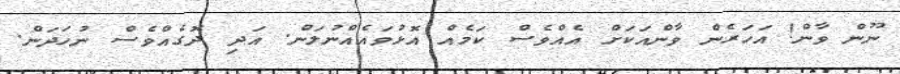
ނޫން ވާން! އަހަރެން ވާންއަކަށް އެއްވެސް ކަމެއް އޮޅުވައެއްނުލަން. އަދި ދޮގެއްވެސް ނުހަދަން.